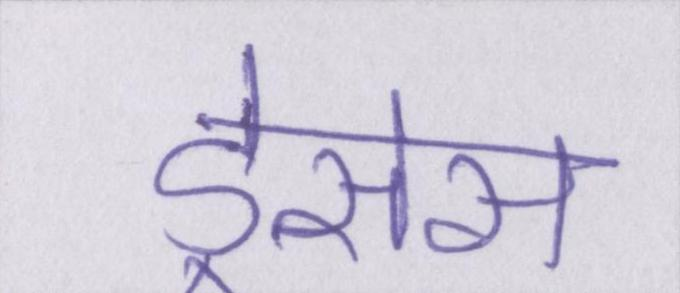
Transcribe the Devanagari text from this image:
ड्रेसेस